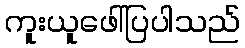
ကူးယူဖေါ်ပြပါသည်